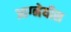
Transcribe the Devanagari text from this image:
आग्‍नेयीस